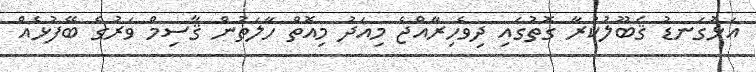
އަޅުގަނޑު ޤަބޫލުކުރާ ގޮތުގައި ދިވެހިރާއްޖެ މިއަދު މިއޮތް ހާލަތުން ޤާސިމް ވަރުގެ ބޭފުޅެއް